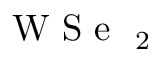
\mathrm { ~ W ~ S ~ e ~ } _ { \mathrm { ~ 2 ~ } }